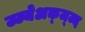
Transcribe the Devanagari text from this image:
ज्ज्येअक्ज्ज्द